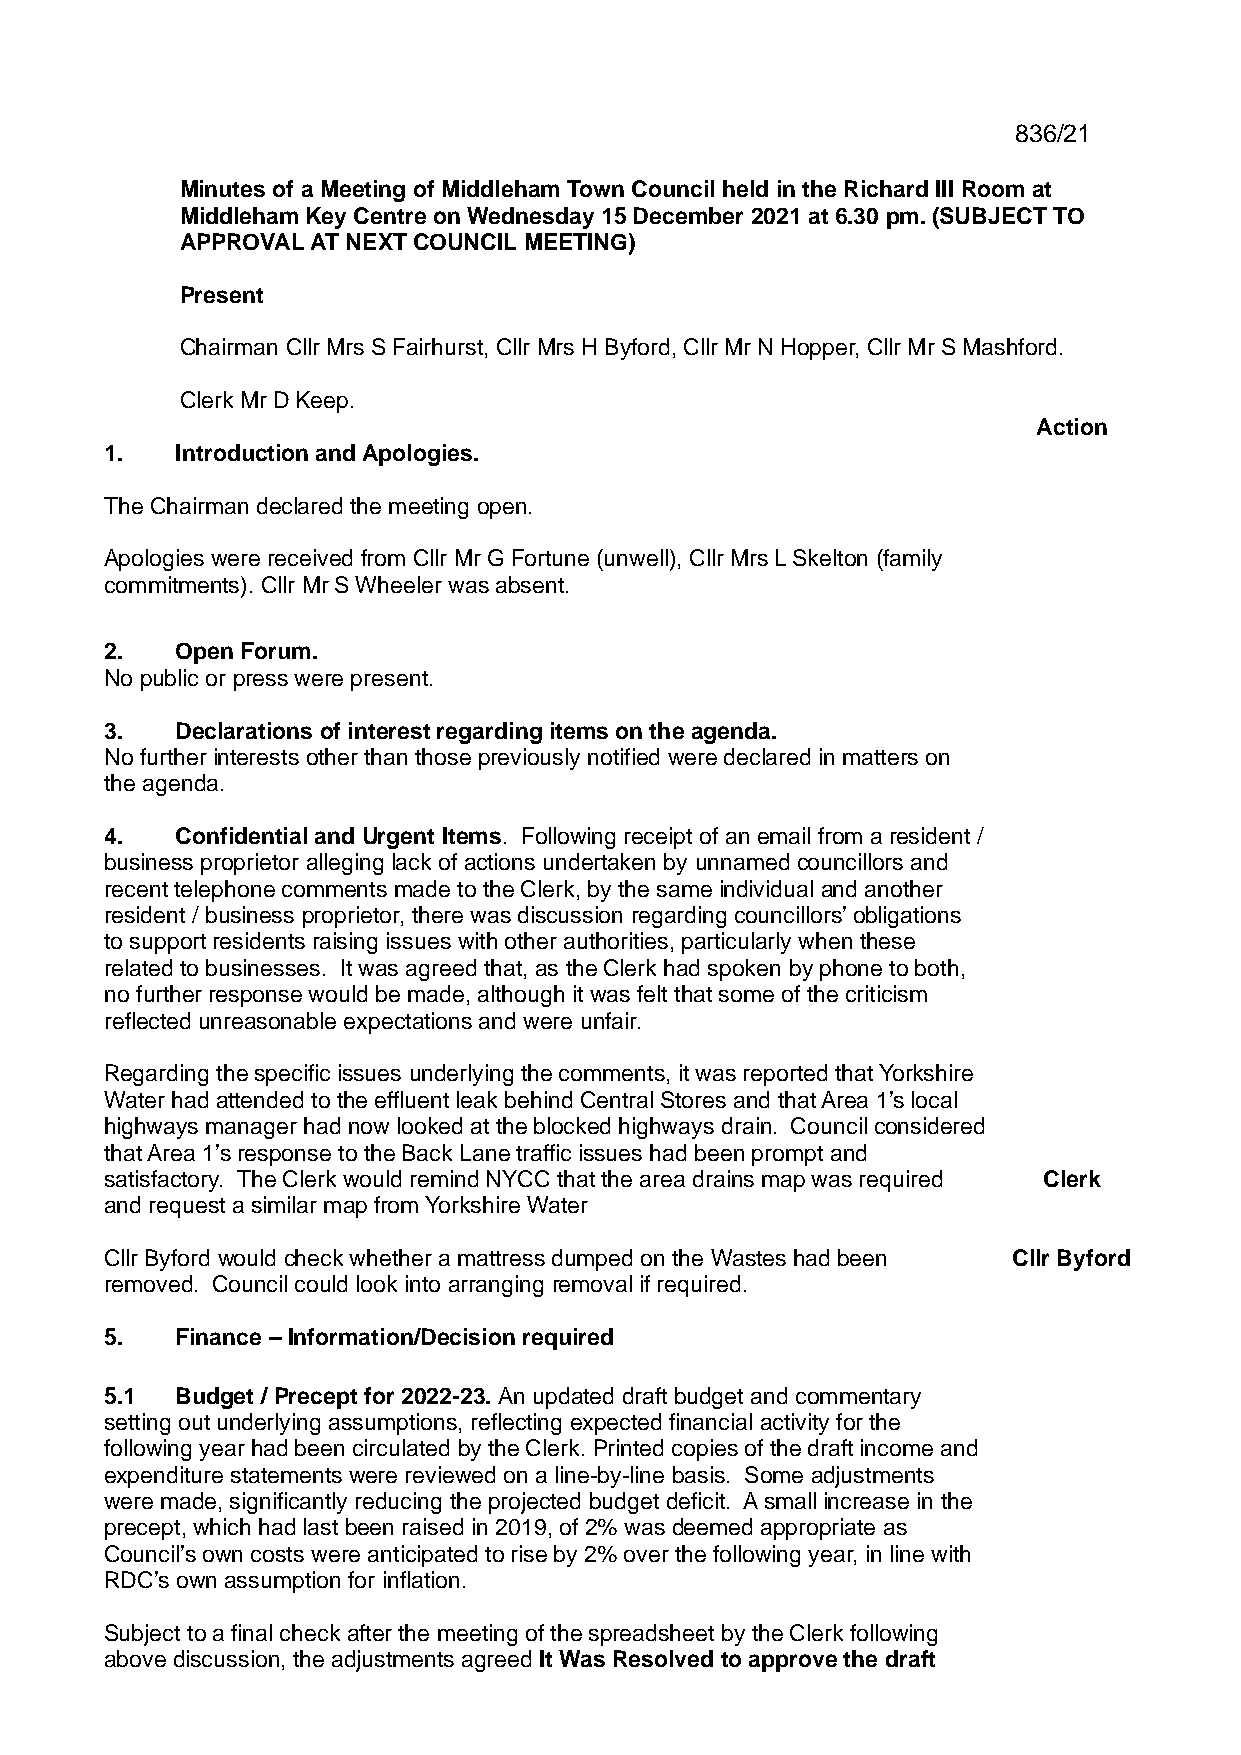
836/21
 Minutes of a Meeting of Middleham Town Council held in the Richard III Room at
 Middleham Key Centre on Wednesday 15 December 2021 at 6.30 pm. (SUBJECT TO
 APPROVAL AT NEXT COUNCIL MEETING)
 Present
 Chairman Cllr Mrs S Fairhurst, Cllr Mrs H Byford, Cllr Mr N Hopper, Cllr Mr S Mashford.
 Clerk Mr D Keep.
 Action
 1.   Introduction and Apologies.
 The Chairman declared the meeting open.
 Apologies were received from Cllr Mr G Fortune (unwell), Cllr Mrs L Skelton (family
 commitments). Cllr Mr S Wheeler was absent.
 2.   Open Forum.
 No public or press were present.
 3.   Declarations of interest regarding items on the agenda.
 No further interests other than those previously notified were declared in matters on
 the agenda.
 4.   Confidential and Urgent Items. Following receipt of an email from a resident /
 business proprietor alleging lack of actions undertaken by unnamed councillors and
 recent telephone comments made to the Clerk, by the same individual and another
 resident / business proprietor, there was discussion regarding councillors’ obligations
 to support residents raising issues with other authorities, particularly when these
 related to businesses. It was agreed that, as the Clerk had spoken by phone to both,
 no further response would be made, although it was felt that some of the criticism
 reflected unreasonable expectations and were unfair.
 Regarding the specific issues underlying the comments, it was reported that Yorkshire
 Water had attended to the effluent leak behind Central Stores and that Area 1’s local
 highways manager had now looked at the blocked highways drain. Council considered
 that Area 1’s response to the Back Lane traffic issues had been prompt and
 satisfactory. The Clerk would remind NYCC that the area drains map was required Clerk
 and request a similar map from Yorkshire Water
 Cllr Byford would check whether a mattress dumped on the Wastes had been Cllr Byford
 removed. Council could look into arranging removal if required.
 5.   Finance – Information/Decision required
 5.1  Budget / Precept for 2022-23. An updated draft budget and commentary
 setting out underlying assumptions, reflecting expected financial activity for the
 following year had been circulated by the Clerk. Printed copies of the draft income and
 expenditure statements were reviewed on a line-by-line basis. Some adjustments
 were made, significantly reducing the projected budget deficit. A small increase in the
 precept, which had last been raised in 2019, of 2% was deemed appropriate as
 Council’s own costs were anticipated to rise by 2% over the following year, in line with
 RDC’s own assumption for inflation.
 Subject to a final check after the meeting of the spreadsheet by the Clerk following
 above discussion, the adjustments agreed It Was Resolved to approve the draft